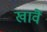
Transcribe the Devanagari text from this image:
खावैं